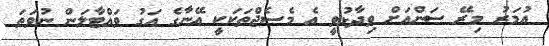
އުމަރު މިރޭ ސަންއަށް ވިދާޅުވީ އެ މެސެޖްތަކަކީ އޭނާގެ އަގު ވައްޓާލަން ނުވަތަ